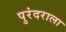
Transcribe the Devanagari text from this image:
पुरंदराला